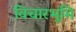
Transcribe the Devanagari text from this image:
विचारभूमि